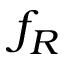
f _ { R }